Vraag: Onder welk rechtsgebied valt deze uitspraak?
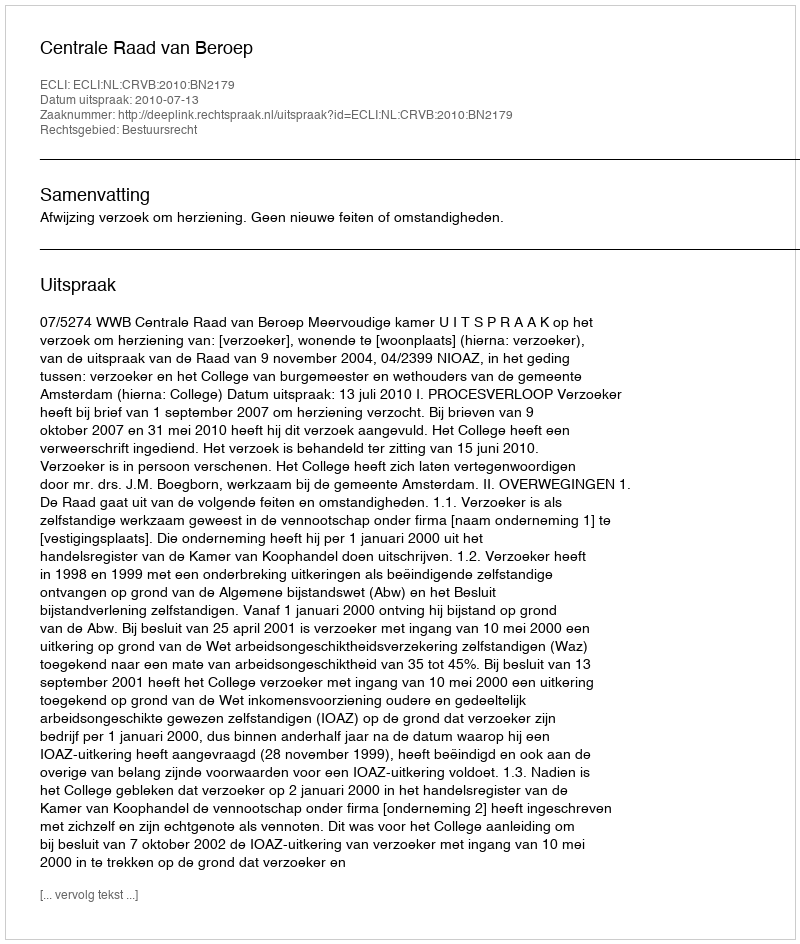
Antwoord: Bestuursrecht